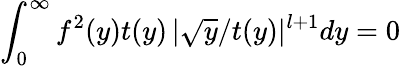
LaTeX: \int_{0}^{\infty}f^{2}(y)t(y)\, |\sqrt y/t(y)|^{l+1}dy=0